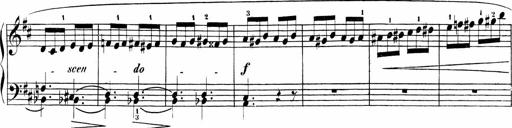
Title: Sonatinen Op.47, 98 und 136, nebst 6 Liedersonatinen
Composer: Carl Reinecke